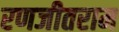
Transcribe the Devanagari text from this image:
रणजीतराम